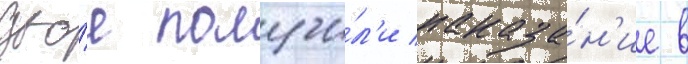
дво́е получи́л'и наказа́н'ие в